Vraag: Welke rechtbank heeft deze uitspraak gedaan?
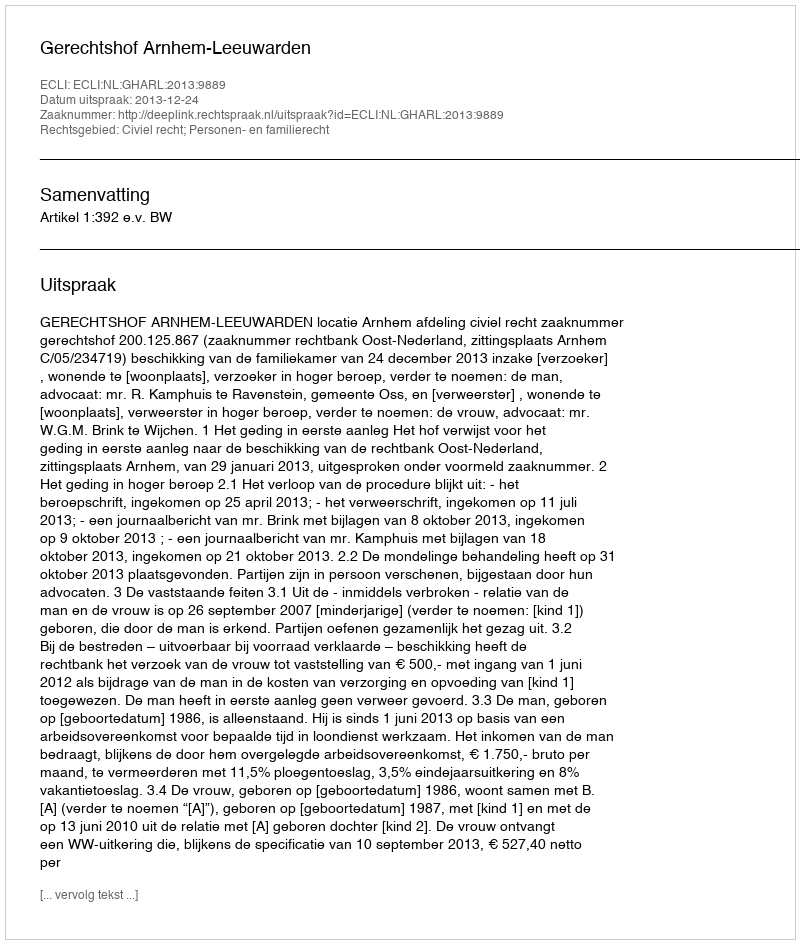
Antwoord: Gerechtshof Arnhem-Leeuwarden